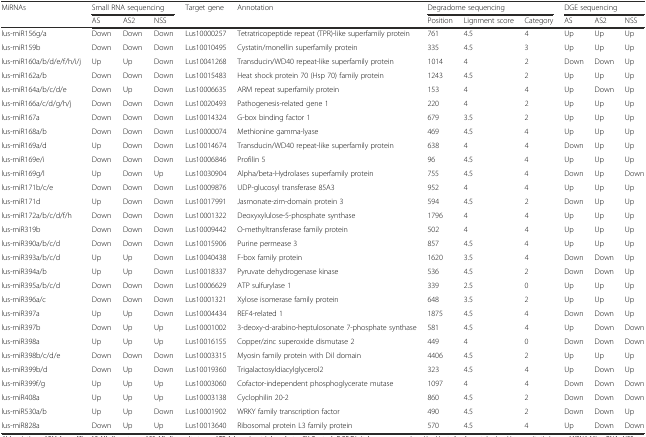
<table><thead><tr><td rowspan="2"><b>MiRNAs</b></td><td colspan="3"><b>Small RNA sequencing</b></td><td rowspan="2"><b>Target gene</b></td><td rowspan="2"><b>Annotation</b></td><td colspan="3"><b>Degradome sequencing</b></td><td colspan="3"><b>DGE sequencing</b></td></tr><tr><td><b>AS</b></td><td><b>AS2</b></td><td><b>NSS</b></td><td><b>Position</b></td><td><b>Lignment score</b></td><td><b>Category</b></td><td><b>AS</b></td><td><b>AS2</b></td><td><b>NSS</b></td></tr></thead><tbody><tr><td>lus-miR156g/a</td><td>Down</td><td>Down</td><td>Down</td><td>Lus10000257</td><td>Tetratricopeptide repeat (TPR)-like superfamily protein</td><td>761</td><td>4.5</td><td>4</td><td>Up</td><td>Up</td><td>Up</td></tr><tr><td>lus-miR159b</td><td>Down</td><td>Down</td><td>Down</td><td>Lus10010495</td><td>Cystatin/monellin superfamily protein</td><td>335</td><td>4.5</td><td>3</td><td>Up</td><td>Up</td><td>Up</td></tr><tr><td>lus-miR160a/b/d/e/f/h/i/j</td><td>Up</td><td>Up</td><td>Down</td><td>Lus10041268</td><td>Transducin/WD40 repeat-like superfamily protein</td><td>1014</td><td>4</td><td>2</td><td>Down</td><td>Down</td><td>Up</td></tr><tr><td>lus-miR162a/b</td><td>Down</td><td>Down</td><td>Down</td><td>Lus10015483</td><td>Heat shock protein 70 (Hsp 70) family protein</td><td>1243</td><td>4.5</td><td>2</td><td>Up</td><td>Up</td><td>Up</td></tr><tr><td>lus-miR164a/b/c/d/e</td><td>Down</td><td>Up</td><td>Down</td><td>Lus10006635</td><td>ARM repeat superfamily protein</td><td>153</td><td>4</td><td>4</td><td>Up</td><td>Down</td><td>Up</td></tr><tr><td>lus-miR166a/c/d/g/h/j</td><td>Down</td><td>Down</td><td>Down</td><td>Lus10020493</td><td>Pathogenesis-related gene 1</td><td>220</td><td>4</td><td>2</td><td>Up</td><td>Up</td><td>Up</td></tr><tr><td>lus-miR167a</td><td>Down</td><td>Down</td><td>Down</td><td>Lus10014324</td><td>G-box binding factor 1</td><td>679</td><td>3.5</td><td>2</td><td>Up</td><td>Up</td><td>Up</td></tr><tr><td>lus-miR168a/b</td><td>Down</td><td>Down</td><td>Down</td><td>Lus10000074</td><td>Methionine gamma-lyase</td><td>469</td><td>4.5</td><td>4</td><td>Up</td><td>Up</td><td>Up</td></tr><tr><td>lus-miR169a/d</td><td>Up</td><td>Down</td><td>Down</td><td>Lus10014674</td><td>Transducin/WD40 repeat-like superfamily protein</td><td>638</td><td>4</td><td>4</td><td>Down</td><td>Up</td><td>Up</td></tr><tr><td>lus-miR169e/i</td><td>Down</td><td>Down</td><td>Down</td><td>Lus10006846</td><td>Profilin 5</td><td>96</td><td>4.5</td><td>4</td><td>Up</td><td>Up</td><td>Up</td></tr><tr><td>lus-miR169g/l</td><td>Up</td><td>Down</td><td>Up</td><td>Lus10030904</td><td>Alpha/beta-Hydrolases superfamily protein</td><td>755</td><td>4.5</td><td>4</td><td>Down</td><td>Up</td><td>Down</td></tr><tr><td>lus-miR171b/c/e</td><td>Down</td><td>Down</td><td>Down</td><td>Lus10009876</td><td>UDP-glucosyl transferase 85A3</td><td>952</td><td>4</td><td>4</td><td>Up</td><td>Up</td><td>Up</td></tr><tr><td>lus-miR171d</td><td>Up</td><td>Down</td><td>Down</td><td>Lus10017991</td><td>Jasmonate-zim-domain protein 3</td><td>594</td><td>4.5</td><td>2</td><td>Down</td><td>Up</td><td>Up</td></tr><tr><td>lus-miR172a/b/c/d/f/h</td><td>Down</td><td>Down</td><td>Down</td><td>Lus10001322</td><td>Deoxyxylulose-5-phosphate synthase</td><td>1796</td><td>4</td><td>4</td><td>Up</td><td>Up</td><td>Up</td></tr><tr><td>lus-miR319b</td><td>Down</td><td>Down</td><td>Down</td><td>Lus10009442</td><td>O-methyltransferase family protein</td><td>502</td><td>4</td><td>4</td><td>Up</td><td>Up</td><td>Up</td></tr><tr><td>lus-miR390a/b/c/d</td><td>Down</td><td>Down</td><td>Down</td><td>Lus10015906</td><td>Purine permease 3</td><td>857</td><td>4.5</td><td>4</td><td>Up</td><td>Up</td><td>Up</td></tr><tr><td>lus-miR393a/b/c/d</td><td>Up</td><td>Up</td><td>Down</td><td>Lus10040438</td><td>F-box family protein</td><td>1620</td><td>3.5</td><td>4</td><td>Down</td><td>Down</td><td>Up</td></tr><tr><td>lus-miR394a/b</td><td>Up</td><td>Up</td><td>Down</td><td>Lus10018337</td><td>Pyruvate dehydrogenase kinase</td><td>536</td><td>4.5</td><td>2</td><td>Down</td><td>Down</td><td>Up</td></tr><tr><td>lus-miR395a/b/c/d</td><td>Down</td><td>Down</td><td>Down</td><td>Lus10006629</td><td>ATP sulfurylase 1</td><td>339</td><td>2.5</td><td>0</td><td>Up</td><td>Up</td><td>Up</td></tr><tr><td>lus-miR396a/c</td><td>Down</td><td>Down</td><td>Down</td><td>Lus10001321</td><td>Xylose isomerase family protein</td><td>648</td><td>3.5</td><td>2</td><td>Up</td><td>Up</td><td>Up</td></tr><tr><td>lus-miR397a</td><td>Up</td><td>Up</td><td>Down</td><td>Lus10004434</td><td>REF4-related 1</td><td>1875</td><td>4.5</td><td>4</td><td>Down</td><td>Down</td><td>Up</td></tr><tr><td>lus-miR397b</td><td>Down</td><td>Up</td><td>Up</td><td>Lus10001002</td><td>3-deoxy-d-arabino-heptulosonate 7-phosphate synthase</td><td>581</td><td>4.5</td><td>4</td><td>Up</td><td>Down</td><td>Down</td></tr><tr><td>lus-miR398a</td><td>Up</td><td>Up</td><td>Up</td><td>Lus10016155</td><td>Copper/zinc superoxide dismutase 2</td><td>449</td><td>4</td><td>0</td><td>Down</td><td>Down</td><td>Down</td></tr><tr><td>lus-miR398b/c/d/e</td><td>Down</td><td>Down</td><td>Down</td><td>Lus10003315</td><td>Myosin family protein with Dil domain</td><td>4406</td><td>4.5</td><td>2</td><td>Up</td><td>Up</td><td>Up</td></tr><tr><td>lus-miR399b/d</td><td>Down</td><td>Up</td><td>Down</td><td>Lus10019360</td><td>Trigalactosyldiacylglycerol2</td><td>323</td><td>4.5</td><td>4</td><td>Up</td><td>Down</td><td>Up</td></tr><tr><td>lus-miR399f/g</td><td>Up</td><td>Up</td><td>Up</td><td>Lus10003060</td><td>Cofactor-independent phosphoglycerate mutase</td><td>1097</td><td>4</td><td>4</td><td>Down</td><td>Down</td><td>Down</td></tr><tr><td>lus-miR408a</td><td>Up</td><td>Up</td><td>Up</td><td>Lus10003138</td><td>Cyclophilin 20-2</td><td>860</td><td>4.5</td><td>2</td><td>Down</td><td>Down</td><td>Down</td></tr><tr><td>lus-miR530a/b</td><td>Up</td><td>Up</td><td>Down</td><td>Lus10001902</td><td>WRKY family transcription factor</td><td>490</td><td>4.5</td><td>2</td><td>Down</td><td>Down</td><td>Up</td></tr><tr><td>lus-miR828a</td><td>Down</td><td>Up</td><td>Up</td><td>Lus10013640</td><td>Ribosomal protein L3 family protein</td><td>570</td><td>4.5</td><td>4</td><td>Up</td><td>Down</td><td>Down</td></tr></tbody></table>